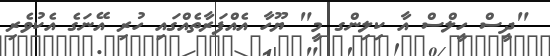
"ދީސް ހީލްސް އާ ކިލިންގ މީ" ޔޫހާ އެއްފަރާތެއްގައި ހުރި އޭނަގެ އެކުވެރި